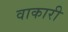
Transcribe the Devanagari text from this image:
वाकारी